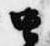
虫